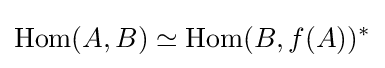
\operatorname {Hom} (A,B)\simeq \operatorname {Hom} (B,f(A))^{*}